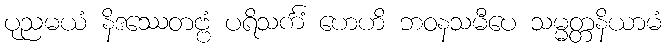
ပုညမယံ နိဒဿေတဗ္ဗံ ပရိသင်္ကံ ဟေဟိ ဘဝနသမီပေ သမ္မတ္တနိယာမံ